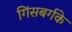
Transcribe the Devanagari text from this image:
गिंसबर्गके